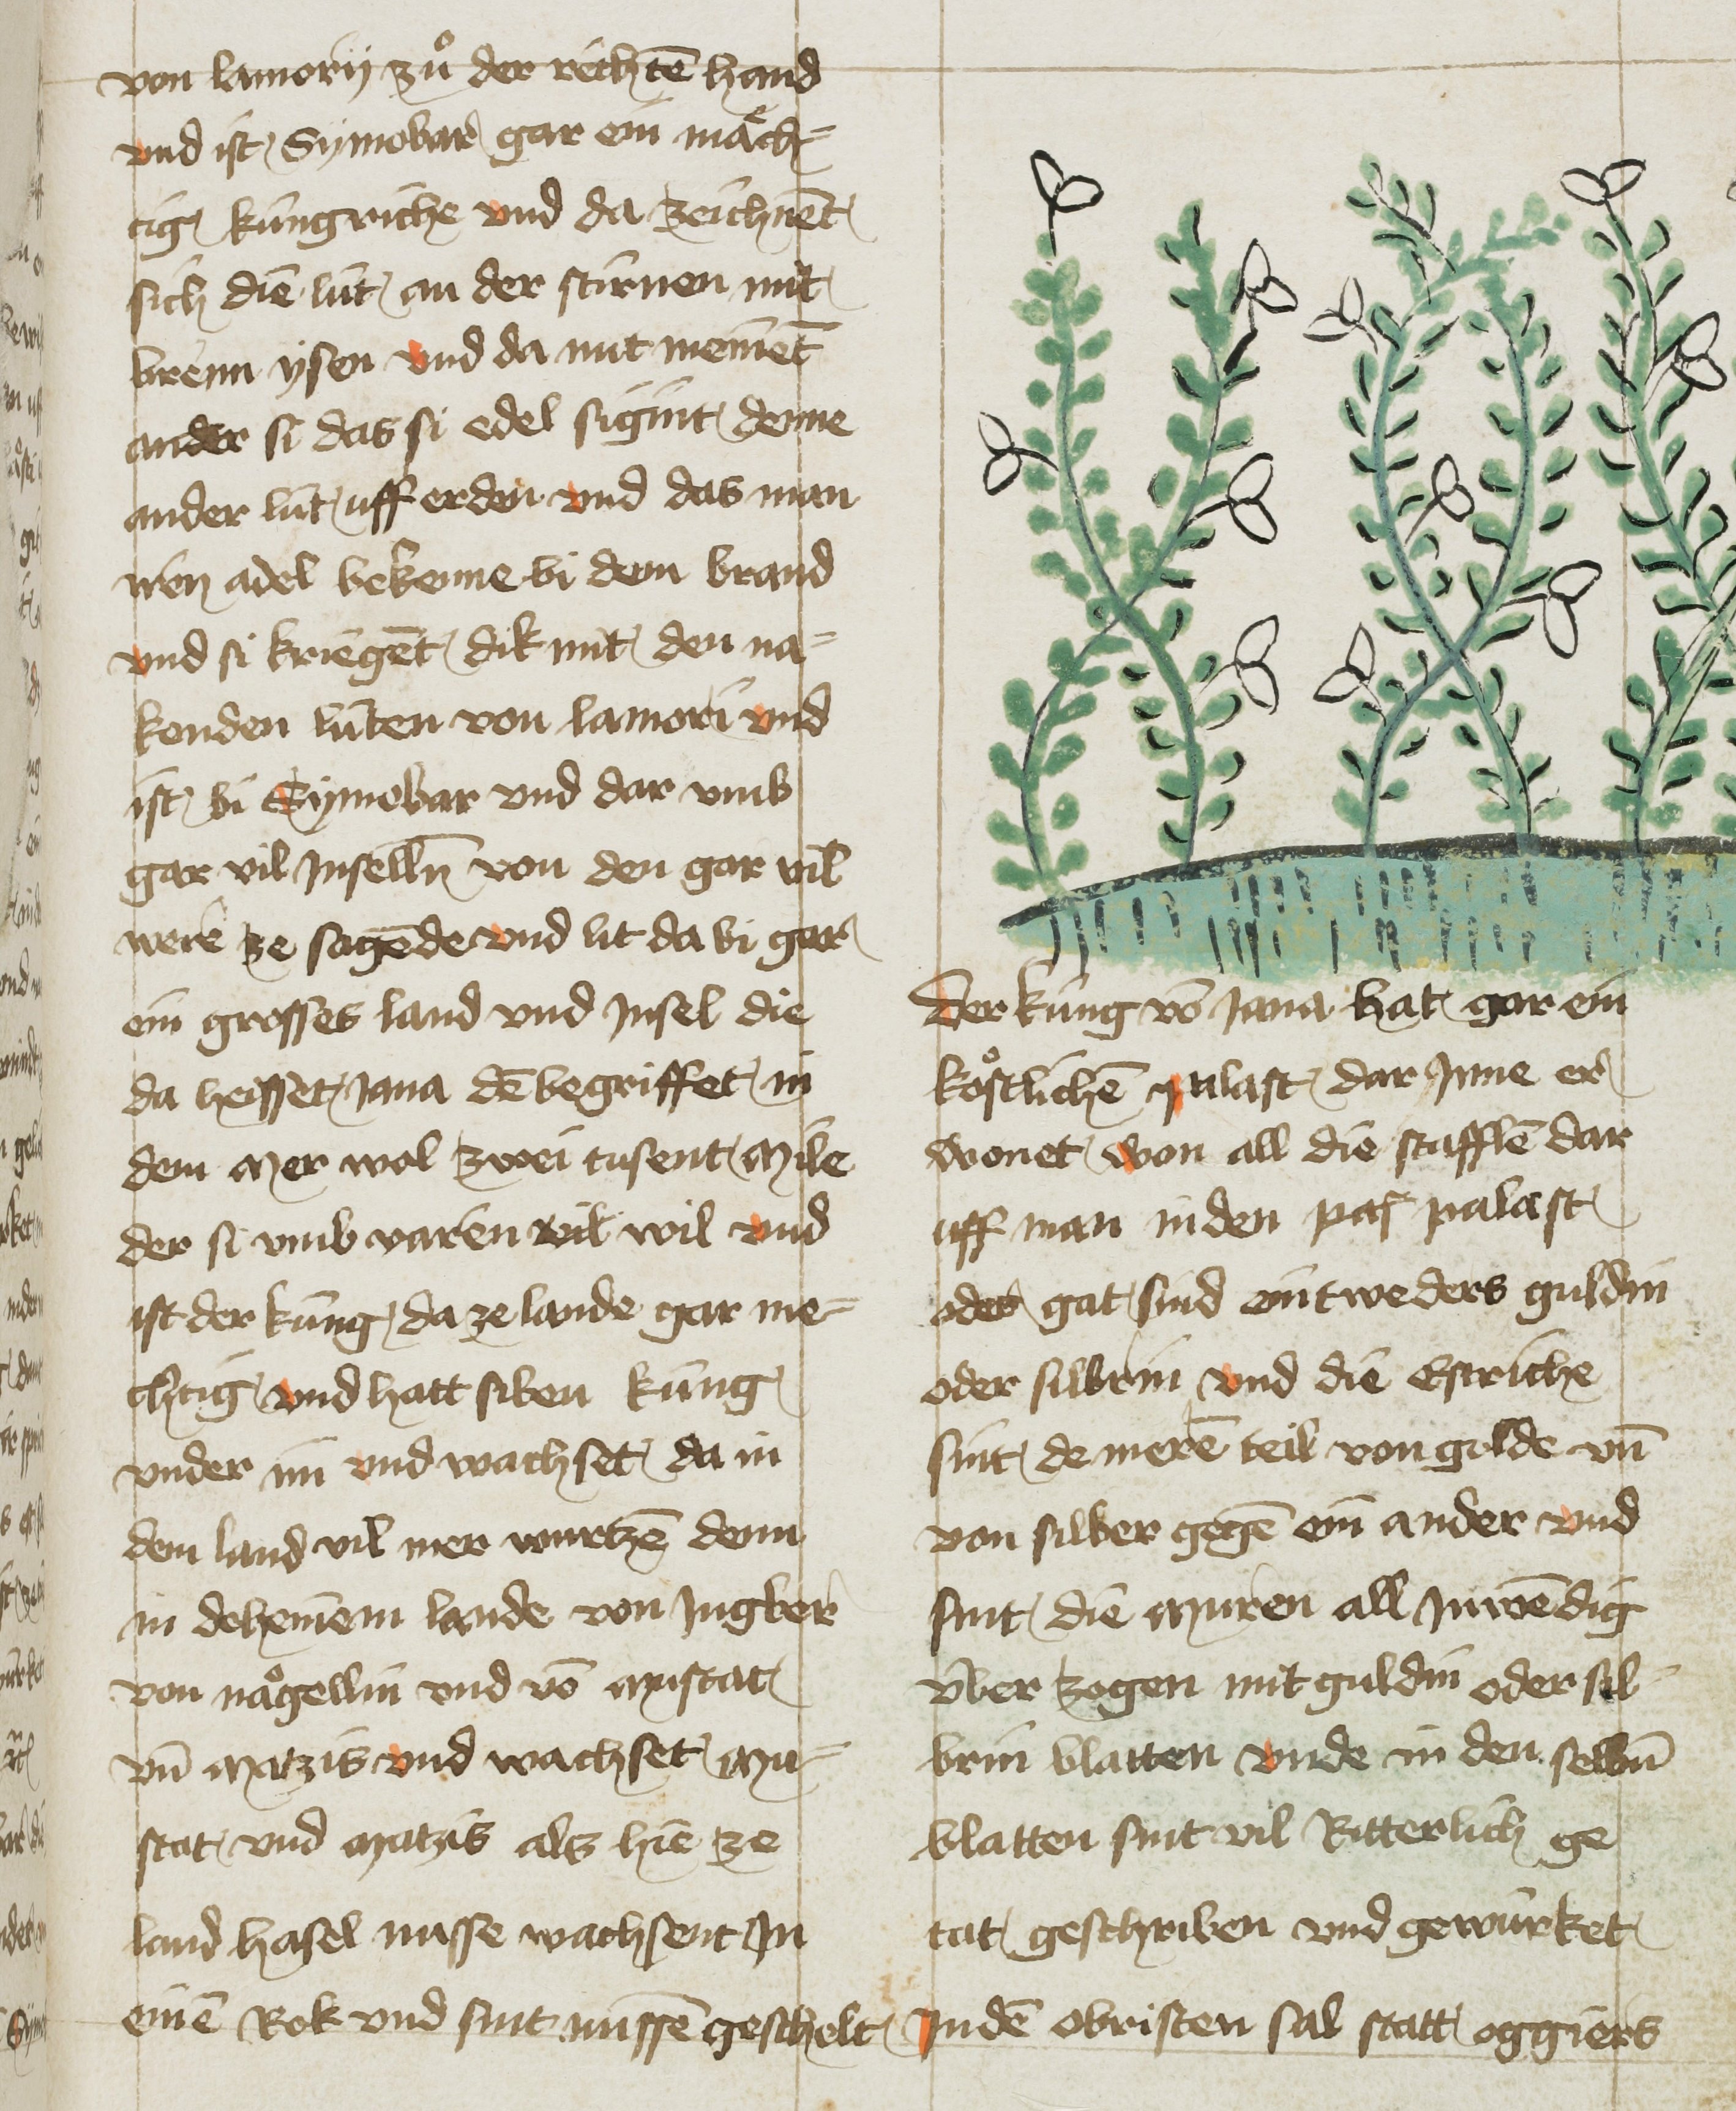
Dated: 1425–1449